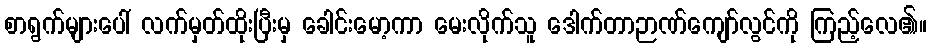
စာရွက်များပေါ် လက်မှတ်ထိုးပြီးမှ ခေါင်းမော့ကာ မေးလိုက်သူ ဒေါက်တာဉာဏ်ကျော်လွင်ကို ကြည့်လေ၏။